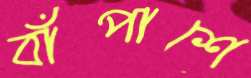
বাঁপাশে